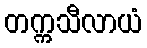
တက္ကသီလာယံ